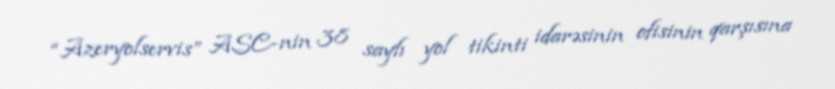
“Azeryolservis” ASC-nin 38 saylı yol tikinti idarəsinin ofisinin qarşısına